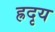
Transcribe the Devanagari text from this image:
ह्रदृय